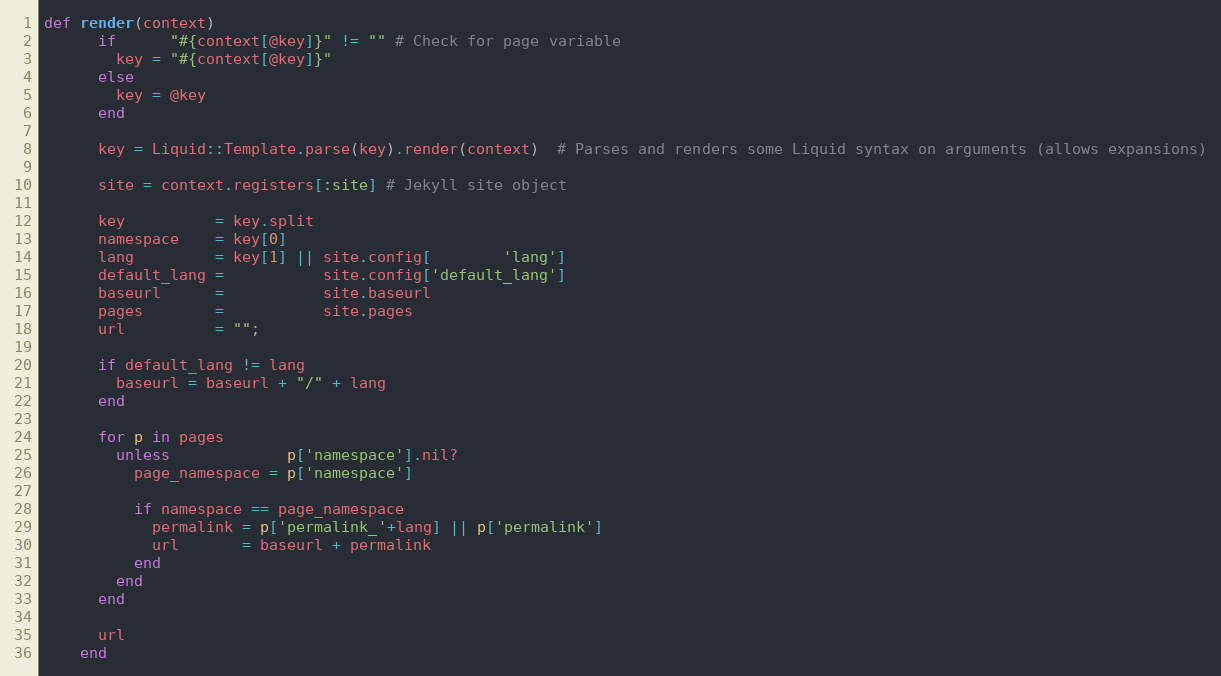
Language: Ruby
def render(context)
      if      "#{context[@key]}" != "" # Check for page variable
        key = "#{context[@key]}"
      else
        key = @key
      end

      key = Liquid::Template.parse(key).render(context)  # Parses and renders some Liquid syntax on arguments (allows expansions)

      site = context.registers[:site] # Jekyll site object

      key          = key.split
      namespace    = key[0]
      lang         = key[1] || site.config[        'lang']
      default_lang =           site.config['default_lang']
      baseurl      =           site.baseurl
      pages        =           site.pages
      url          = "";

      if default_lang != lang
        baseurl = baseurl + "/" + lang
      end

      for p in pages
        unless             p['namespace'].nil?
          page_namespace = p['namespace']

          if namespace == page_namespace
            permalink = p['permalink_'+lang] || p['permalink']
            url       = baseurl + permalink
          end
        end
      end

      url
    end